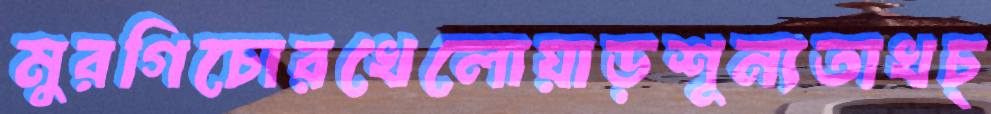
মুরগিচোরখেলোয়াড়শূন্যতাখচ্